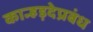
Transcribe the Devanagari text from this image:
कान्हड़देप्रबंध